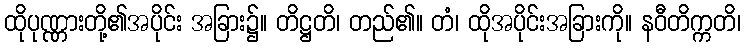
ထိုပုဏ္ဏားတို့၏အပိုင်း အခြား၌။ တိဋ္ဌတိ၊ တည်၏။ တံ၊ ထိုအပိုင်းအခြားကို။ နဝီတိက္ကတိ၊